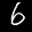
Label: 6